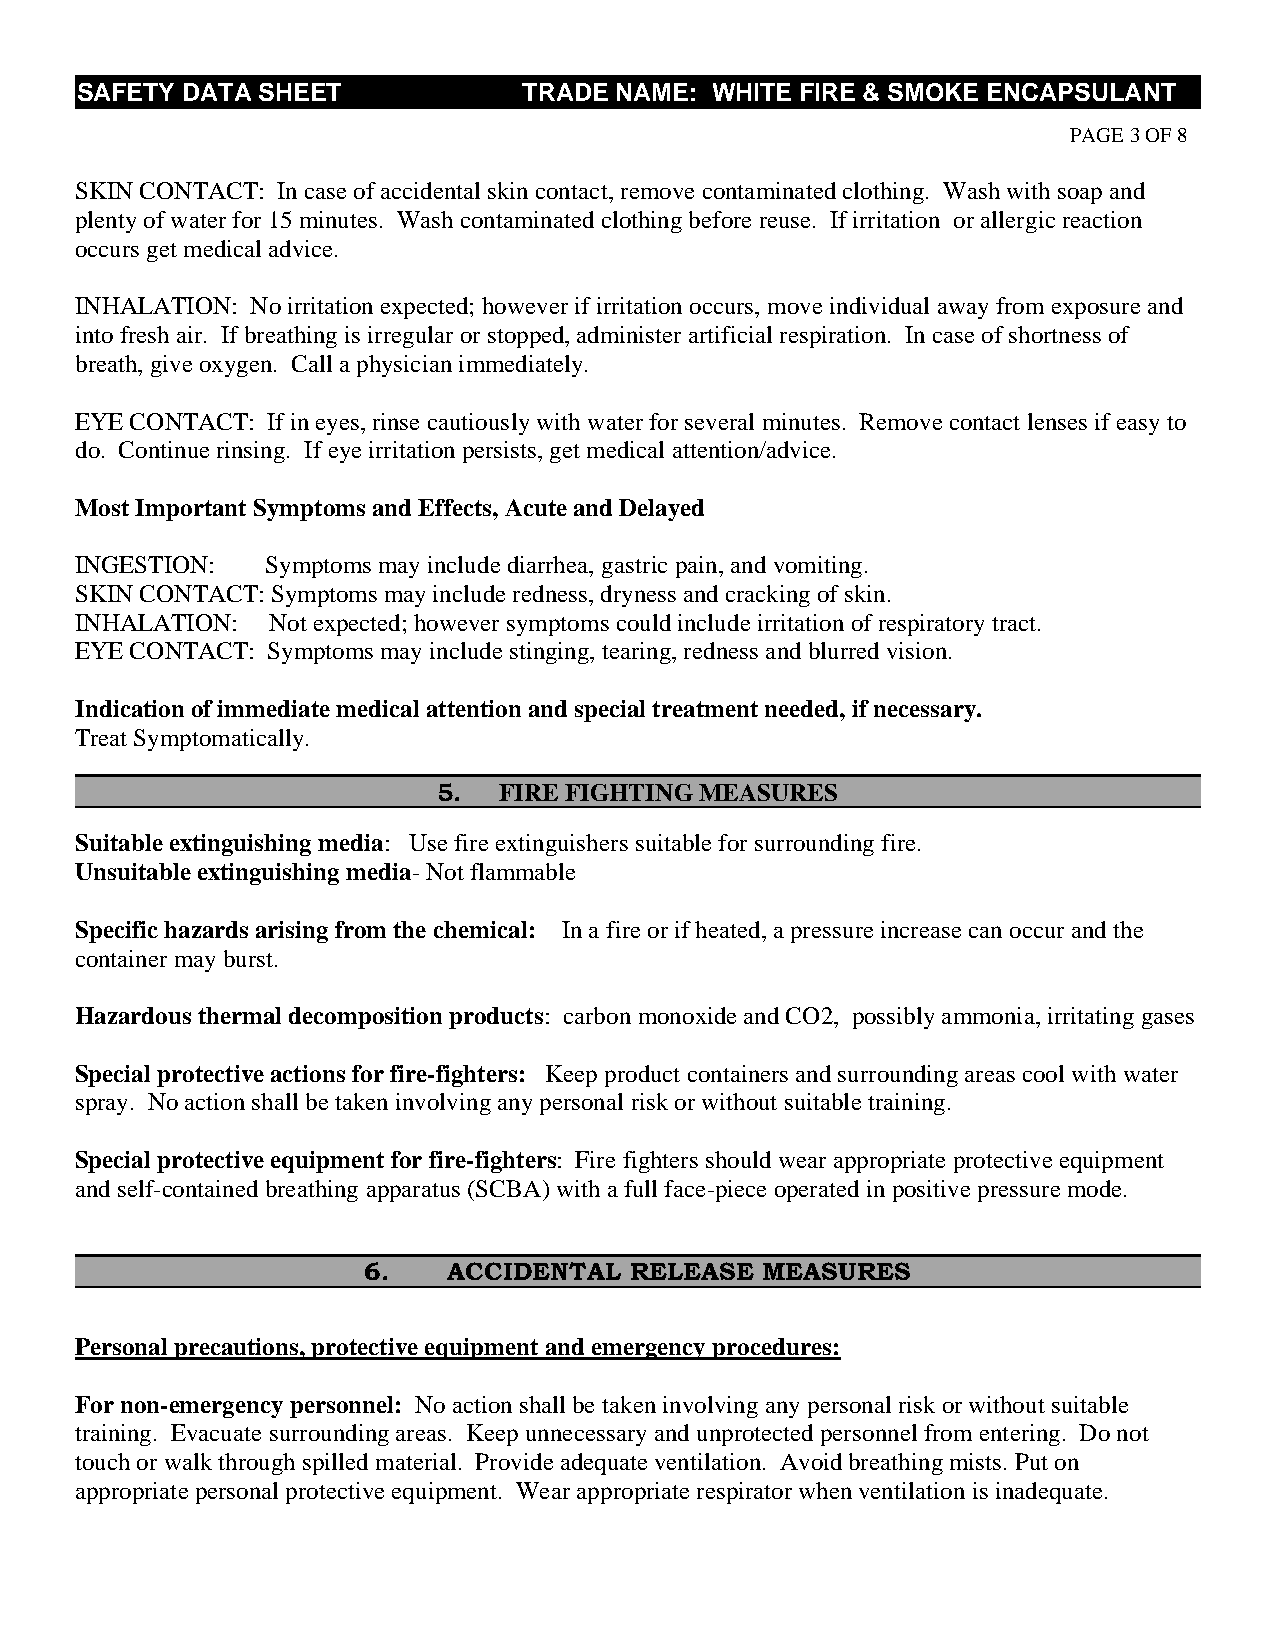
CS AFETY DATA SHEET           TRADE NAME: WHITE FIRE & SMOKE ENCAPSULANT
 PAGE 3 OF 8
 SKIN CONTACT: In case of accidental skin contact, remove contaminated clothing. Wash with soap and
 plenty of water for 15 minutes. Wash contaminated clothing before reuse. If irritation or allergic reaction
 occurs get medical advice.
 INHALATION: No irritation expected; however if irritation occurs, move individual away from exposure and
 into fresh air. If breathing is irregular or stopped, administer artificial respiration. In case of shortness of
 breath, give oxygen. Call a physician immediately.
 EYE CONTACT: If in eyes, rinse cautiously with water for several minutes. Remove contact lenses if easy to
 do. Continue rinsing. If eye irritation persists, get medical attention/advice.
 Most Important Symptoms and Effects, Acute and Delayed
 INGESTION:   Symptoms may include diarrhea, gastric pain, and vomiting.
 SKIN CONTACT: Symptoms may include redness, dryness and cracking of skin.
 INHALATION:  Not expected; however symptoms could include irritation of respiratory tract.
 EYE CONTACT: Symptoms may include stinging, tearing, redness and blurred vision.
 Indication of immediate medical attention and special treatment needed, if necessary.
 Treat Symptomatically.
 C                       5.  FIRE FIGHTING MEASURES
 S uitable extinguishing media: Use fire extinguishers suitable for surrounding fire.
 Unsuitable extinguishing media- Not flammable
 Specific hazards arising from the chemical: In a fire or if heated, a pressure increase can occur and the
 container may burst.
 Hazardous thermal decomposition products: carbon monoxide and CO2, possibly ammonia, irritating gases
 Special protective actions for fire-fighters: Keep product containers and surrounding areas cool with water
 spray. No action shall be taken involving any personal risk or without suitable training.
 Special protective equipment for fire-fighters: Fire fighters should wear appropriate protective equipment
 and self-contained breathing apparatus (SCBA) with a full face-piece operated in positive pressure mode.
 C                  6.    ACCIDENTAL  RELEASE MEASURES
 Personal precautions, protective equipment and emergency procedures:
 For non-emergency personnel: No action shall be taken involving any personal risk or without suitable
 training. Evacuate surrounding areas. Keep unnecessary and unprotected personnel from entering. Do not
 touch or walk through spilled material. Provide adequate ventilation. Avoid breathing mists. Put on
 appropriate personal protective equipment. Wear appropriate respirator when ventilation is inadequate.